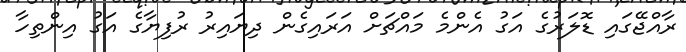
ރާއްޖޭގައި ޑޮލަރުގެ އަގު އެންމެ މައްޗަށް އަރައިގެން ދިޔައިރު ރުފިޔާގެ އަގު އިންތިހާ